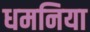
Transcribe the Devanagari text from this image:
धमनिया